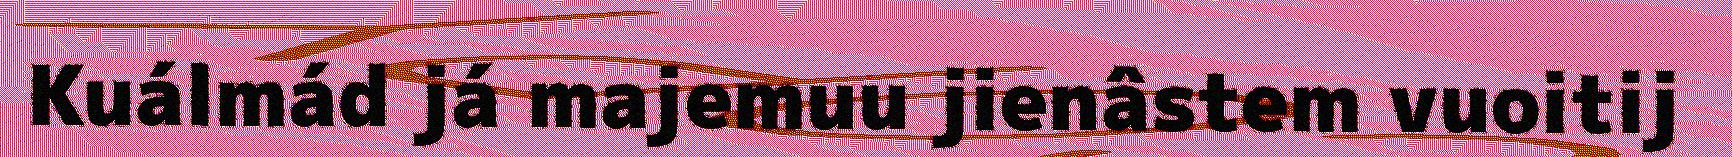
Kuálmád já majemuu jienâstem vuoitij